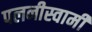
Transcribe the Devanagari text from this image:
पलनीस्वामी